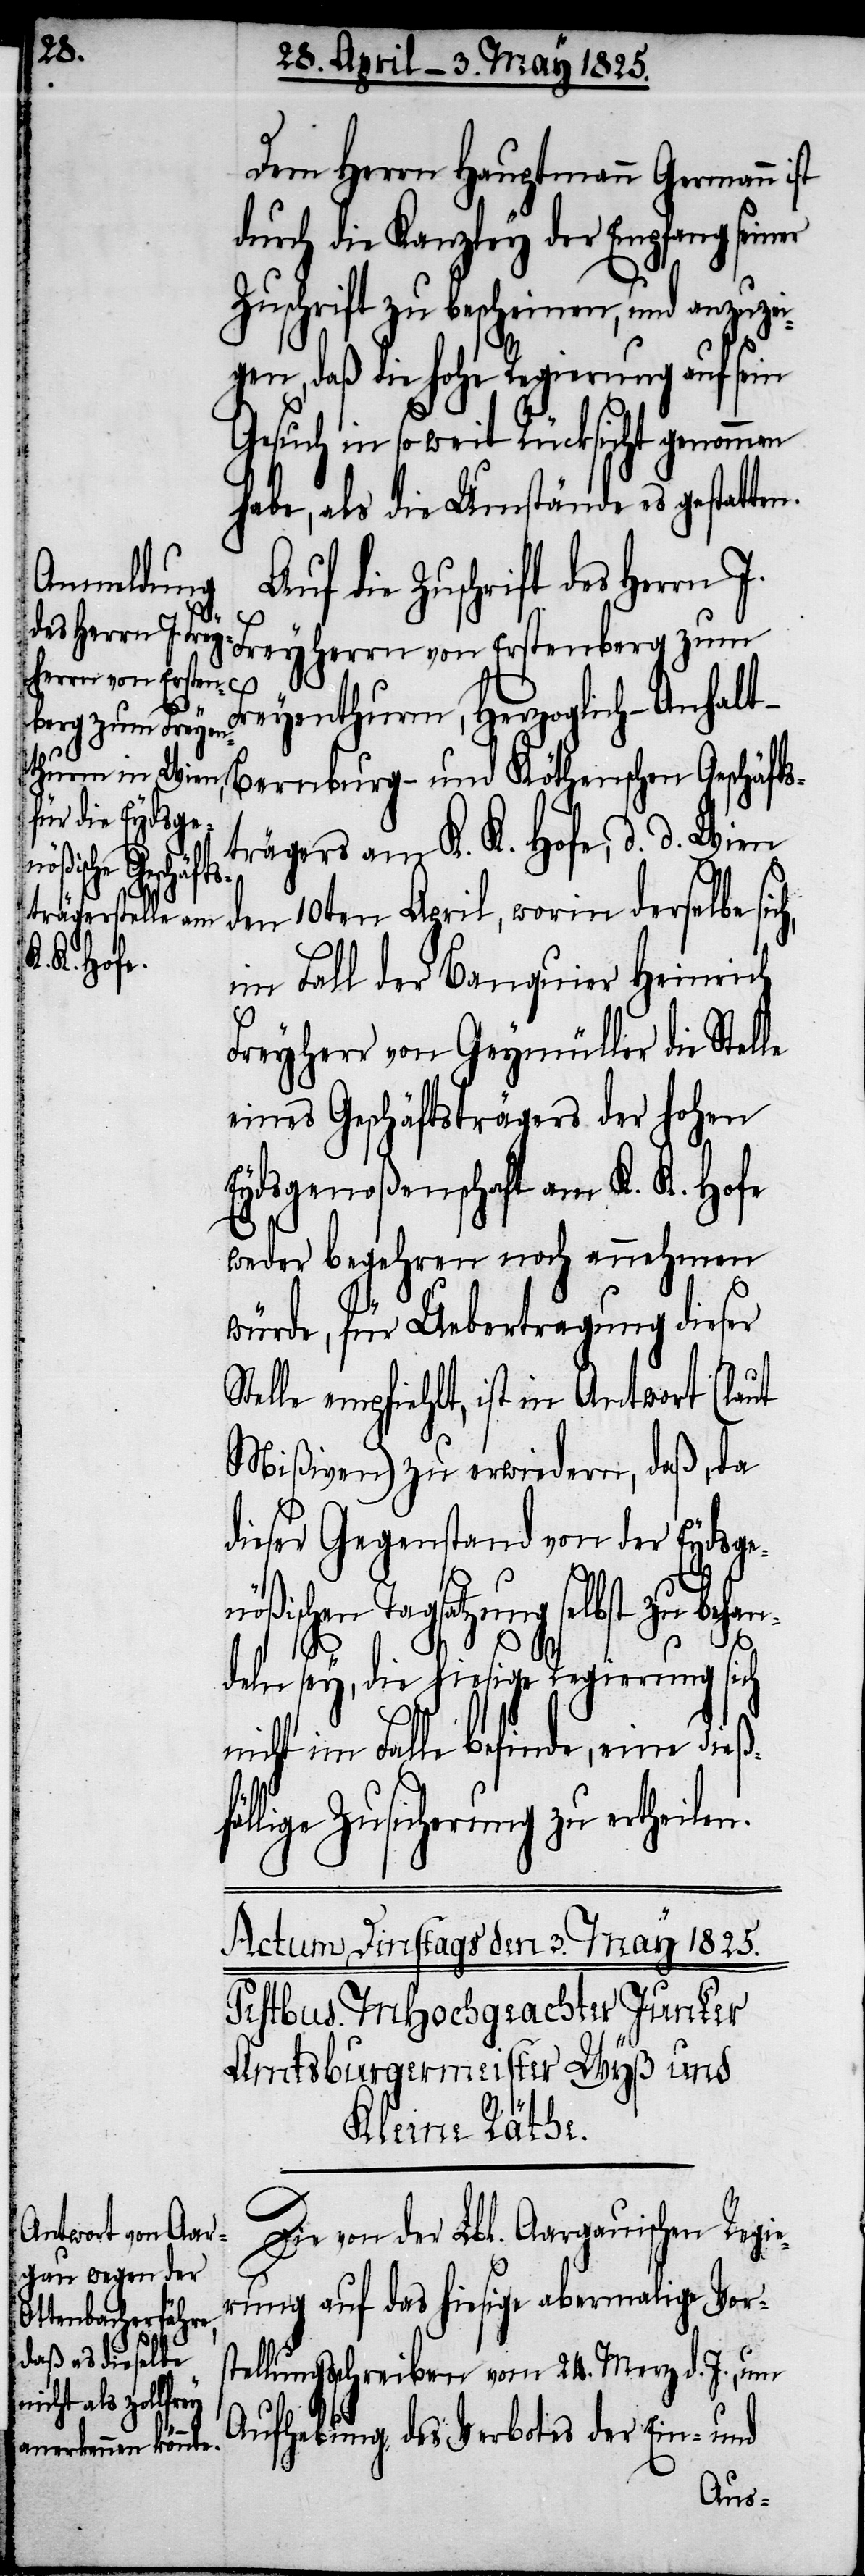
Dem Herrn Hauptmann Germann
durch die Kanzley der Empfang seiner
Zuschrift zu bescheinen, und anzuze¬
igen, daß die hohe Regierung auf sein
Gesuch in soweit Rücksicht genommen
habe, als die Umstände es gestatte¬
f die Zuschrift des Herrn J.
Freyherrn von Erstenberg zum
eyenthurm, Herzoglich-Anhal¬
t-Bernburg- und Köthenschen Geschäfts¬
trägers am K. K. Hofe, d. d. Wien
den 10ten April, worin derselbe si¬
im Fall der Banquier Heinrich
Freyherr von Geymüller die Stel¬
eines Geschäftsträgers der hohen
Eydsgenoßenschaft am K. K. Hofe
weder begehren noch annehmen
würde, für Uebertragung dieser
Stelle empfiehlt, ist in Antwort (laut
Mißiven) zu erwiedern, daß, da
dieser Gegenstand von der Eydsge¬
ßischen Tagsatzung selbst zu beha¬
ndeln sey, die hiesige Regierung sich
n.
nicht im Falle befinde, eine dießfäl¬
lige Zusicherung zu ertheile¬
Die von der Lbl. Aargauischen Regie¬
rung auf das hiesige abermalige Vorste¬
llungsschreiben vom 24. Merz d. J., um
Aufhebung des Verbotes der Ein- und
Au¬